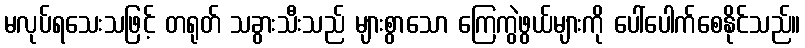
မလုပ်ရသေးသဖြင့် တရုတ် သခွားသီးသည် များစွာသော ကြေကွဲဖွယ်များကို ပေါ်ပေါက်စေနိုင်သည်။